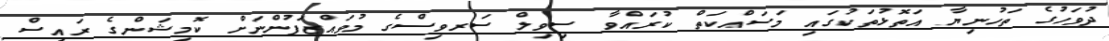
ދުވަހުގެ ތަހުނިޔާ އަތޮޅުތަކުގައި މަސައްކަތް ކުރައްވާ ސިވިލް ސަރވިސްގެ މުވައްޒަފުންނަށް ކޮމިޝަންގެ ރައީސް